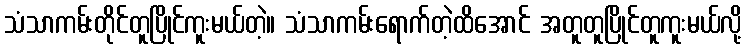
သံသာကမ်းတိုင်တူပြိုင်ကူးမယ်တဲ့။ သံသာကမ်းရောက်တဲ့ထိအောင် အတူတူပြိုင်တူကူးမယ်လို့